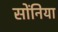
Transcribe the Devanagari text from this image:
सोंनिया